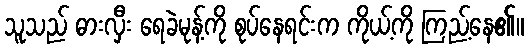
သူသည် ဓားလှီး ရေခဲမုန့်ကို စုပ်နေရင်းက ကိုယ့်ကို ကြည့်နေ၏။